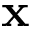
\mathbf { x }